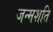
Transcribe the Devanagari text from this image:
जन्मशति